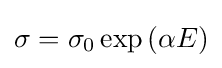
\sigma =\sigma _{0}\exp {(\alpha E)}